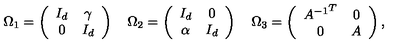
\Omega _ { 1 } = \left( \begin{array} { c c } { I _ { d } } & { \gamma } \\ { 0 } & { I _ { d } } \\ \end{array} \right) \quad \Omega _ { 2 } = \left( \begin{array} { c c } { I _ { d } } & { 0 } \\ { \alpha } & { I _ { d } } \\ \end{array} \right) \quad \Omega _ { 3 } = \left( \begin{array} { c c } { { A ^ { - 1 } } ^ { T } } & { 0 } \\ { 0 } & { A } \\ \end{array} \right) ,